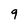
Character: 9